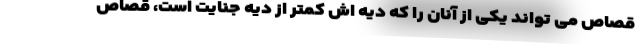
قصاص می تواند یکی از آنان را که دیه اش کمتر از دیه جنایت است، قصاص